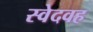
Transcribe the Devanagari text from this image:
स्वेदवह